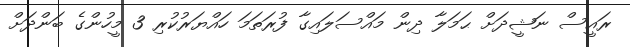
ރައީސް ނަޝީދަށް ޙަމަލާ ދިން މައްސަލައިގާ ފުރަތަމަ ހައްޔަރުކުރި 3 މީހުންގެ ބަންދަށް